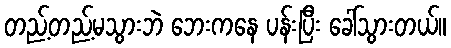
တည့်တည့်မသွားဘဲ ဘေးကနေ ပန်းပြီး ခေါ်သွားတယ်။